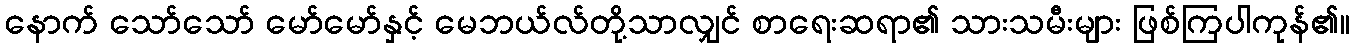
နောက် သော်သော် မော်မော်နှင့် မေဘယ်လ်တို့သာလျှင် စာရေးဆရာ၏ သားသမီးများ ဖြစ်ကြပါကုန်၏။